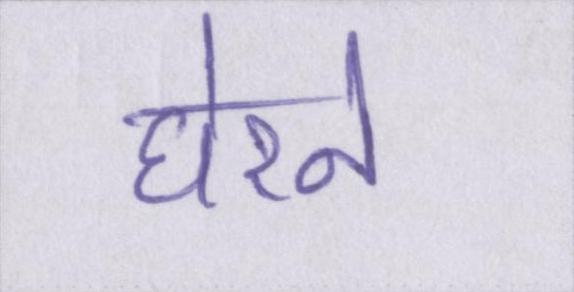
घेरने